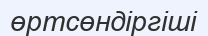
өртсөндіргіші